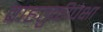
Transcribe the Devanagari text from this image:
वाहतुकीपेक्षा